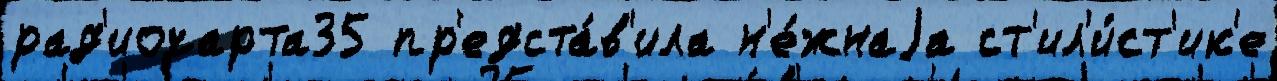
рад'иочарта35 пр'едста́в'ила н'е́жнаjа ст'ил'и́ст'ик'е